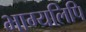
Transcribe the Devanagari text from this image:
भाग्यलिपि